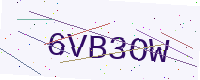
Text: 6VB3OW